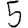
Digit: 5